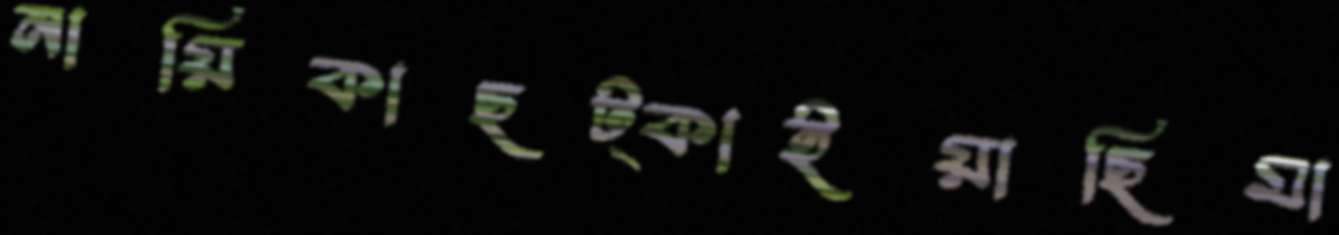
নায়িকাছট্‌কাইয়াছিমা